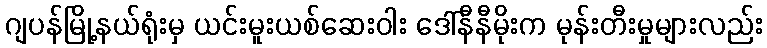
ဂျပန်မြို့နယ်ရုံးမှ ယင်းမူးယစ်ဆေးဝါး ဒေါ်နီနီမိုးက မုန်းတီးမှုများလည်း